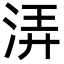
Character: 㳥